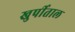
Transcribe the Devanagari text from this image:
खुर्पीताल